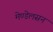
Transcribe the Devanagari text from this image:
मेण्डेलसन